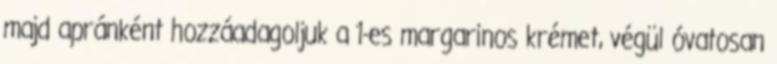
majd apránként hozzáadagoljuk a 1-es margarinos krémet, végül óvatosan